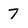
Character: 7